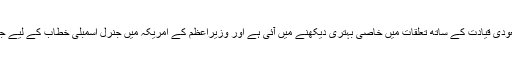
دوسری جانب پاکستان کے وزیر اعظم عمران خان کے سعودی قیادت کے ساتھ تعلقات میں خاصی بہتری دیکھنے میں آئی ہے اور وزیراعظم کے امریکہ میں جنرل اسمبلی خطاب کے لیے جانے سے قبل بھی انہوں نے سعودی عرب کا دورہ کیا تھا۔